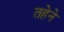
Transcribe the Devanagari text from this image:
तहेने